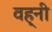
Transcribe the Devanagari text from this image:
वह्नी